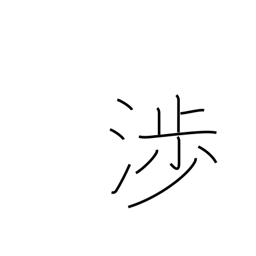
Meaning: go cross